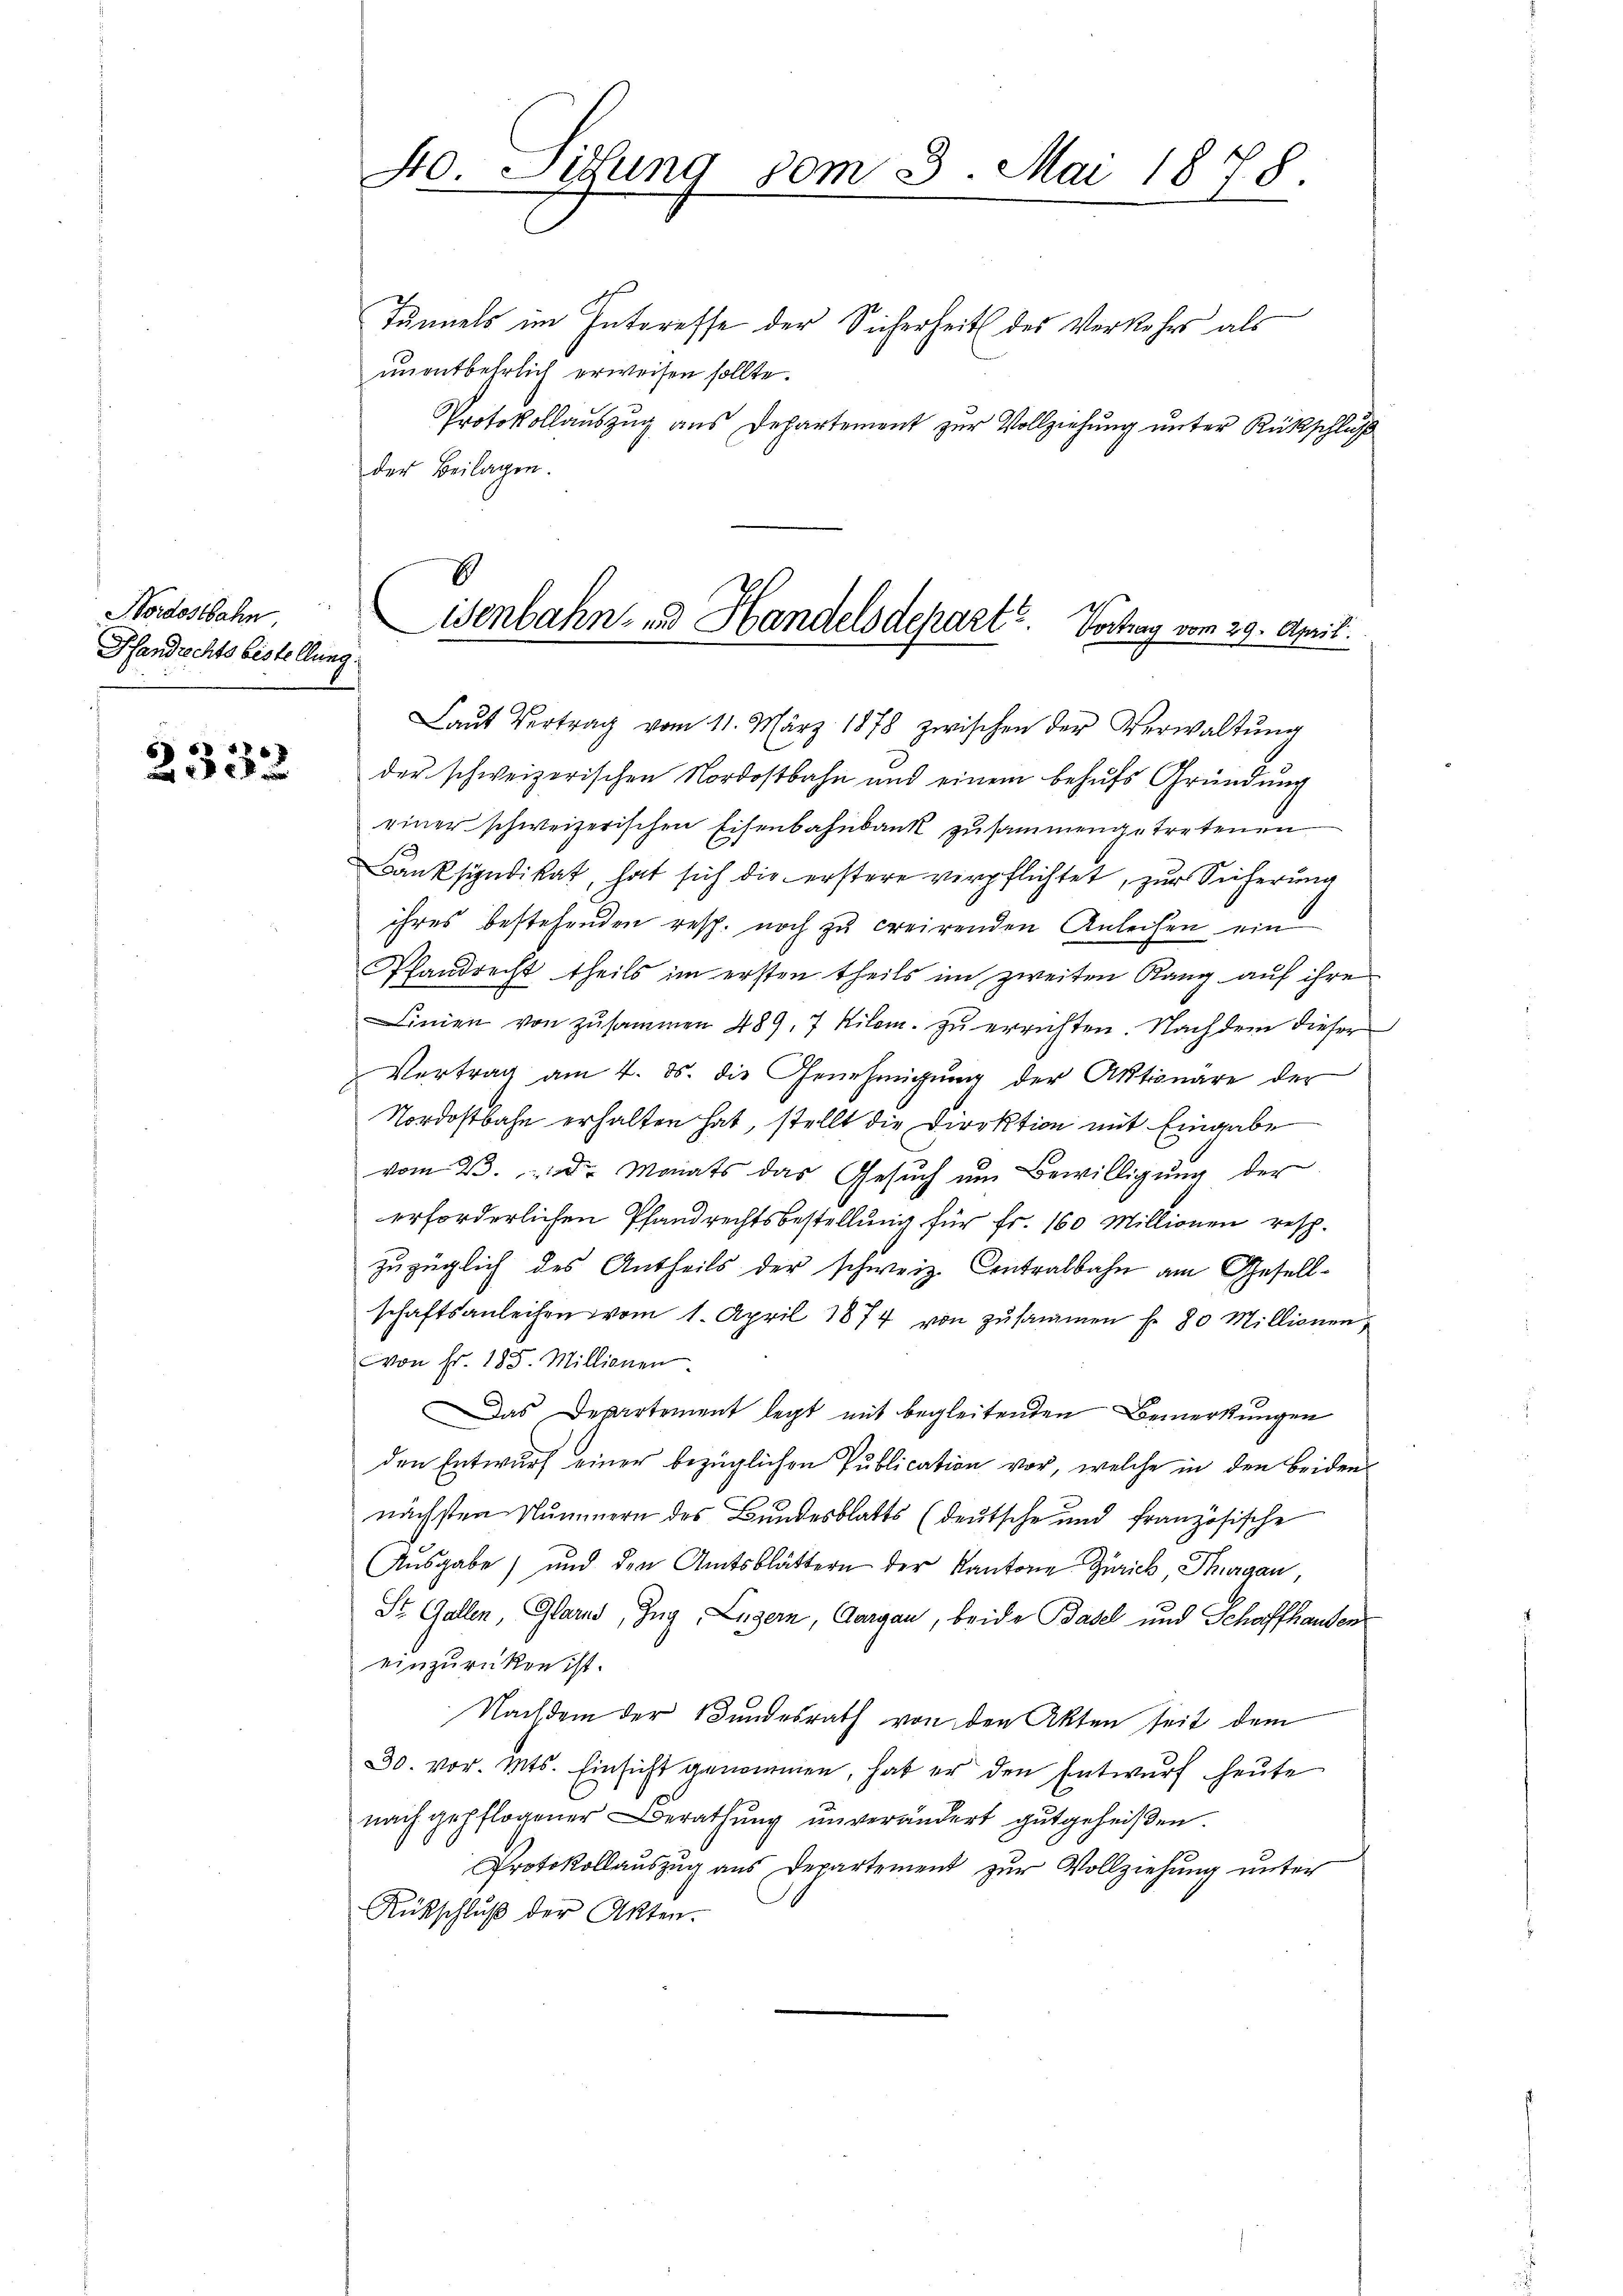
Nordostbahn.
Handrechts bistellung.

2333

40 Situng vom 3. Mai 1878.

E
isenbahn- und Handelsdepart. Vortrag vom 29. April.

Tunnels im Interesse der Sicherheit des Verkehrs als
unentbehrlich erweisen sollte.
Protokollauszug aus Departement zur Vollziehung unter Rückschluß
der Beilagen.
Laŭt Vertrag vom 11. März 1878 zwischen der Verwaltŭng
der schweizerischen Nordostbahn und einem behufs Gründung
einer schweizerischen Eisenbahnbank zusammengetretenen
Banksyndikat, hat sich die erstere verpflichtet, zur Sicherung
ihres bestehenden resp. noch zu creirenden Anleihen ein
Pfandrecht theils im ersten theils im zweiten Rang auf ihre
Linien von zusammen 489, 7 Kilom. zŭ errichten Nachdem dieser
Vertrag am 4. ds. die Genehmigŭng der Aktionare der
Nordostbahn erhalten hat, stellt die Direktion mit Eingabe
vom 23. d. Monats das Gesŭch ŭm Bewilligŭng der
erforderlichen Pfandrechtsbestellung für Fr. 160 Millionen resp.
zuzüglich des Antheils der schweiz. Contralbahn am Gesellschaftsanleihen vom 1. April 1874 von zŭsammen fr. 80 Millionen,
von Fr. 185. Millionen.
as Departement legt mit begleitenden Bemerkungen
den Entwurf einer bezüglichen Publication vor, welche in den beiden
nächsten Nummern des Bundesblatts (deutsche und französische
Ausgabe) und den Amtsblättern der Kantone Zürich, Thurgau,
St. Gallen, Glarus, Zug, Luzern, Aargau, beide Basel und Schaffhausen
einzurücken ist.
Nachdem der Bundesrath von den Akten seit dem
30. vor. Mts. Einsicht genommen, hat er den Entwurf heute
nach gepflogener Berathŭng ŭnverändert gutgeheißen.
Protokollaŭszŭg ans Departement zŭr Vollziehung unter
Rückschluß der Akten.